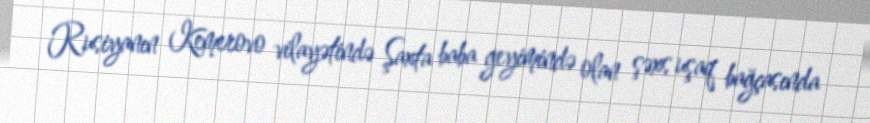
Rusiyanın Kemerovo vilayətində Şaxta baba geyimində olan şəxs uşaq bağçasında